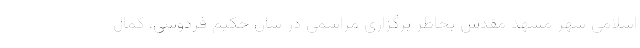
اسلامی شهر مشهد مقدس بخاطر برگزاری مراسمی در شان حکیم فردوسی، کمال